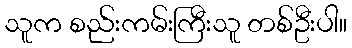
သူက စည်းကမ်းကြီးသူ တစ်ဦးပါ။